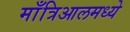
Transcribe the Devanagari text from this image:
माँत्रिआलमध्ये